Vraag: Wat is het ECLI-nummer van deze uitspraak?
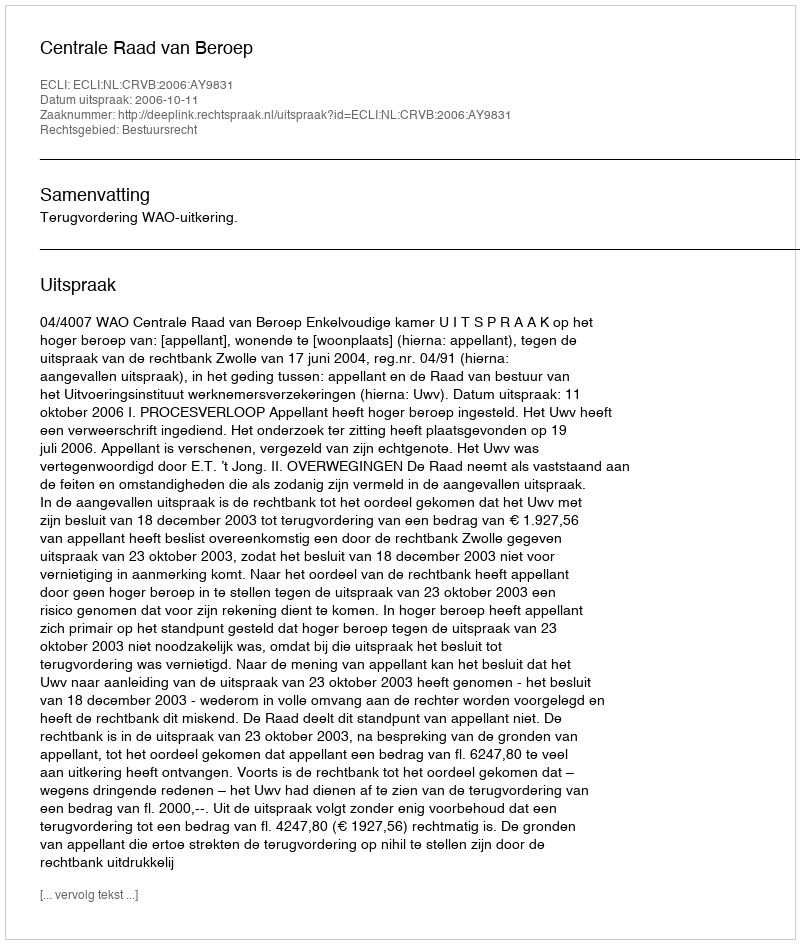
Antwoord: ECLI:NL:CRVB:2006:AY9831